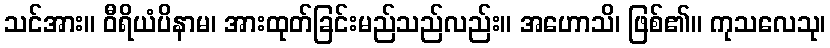
သင်အား။ ဝီရိယံပိနာမ၊ အားထုတ်ခြင်းမည်သည်လည်း။ အဟောသိ၊ ဖြစ်၏။ ကုသလေသု၊